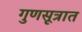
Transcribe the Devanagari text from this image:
गुणसूत्रात